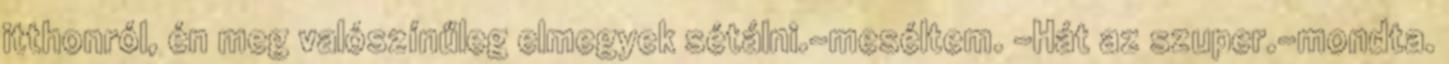
itthonról, én meg valószínűleg elmegyek sétálni.-meséltem. -Hát az szuper.-mondta.